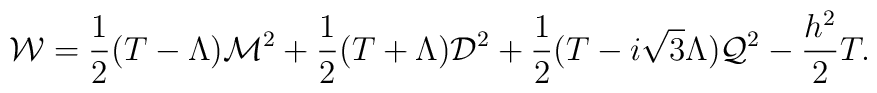
{\cal W}={1 \over 2}(T-\Lambda) {\cal M}^2+ {1 \over 2}(T+\Lambda) {\cal D}^2+ {1 \over 2}(T-i\sqrt{3}\Lambda) {\cal Q}^2- {h^2 \over 2} T.